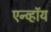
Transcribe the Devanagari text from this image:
एन्व्हॉय